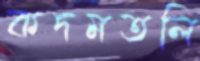
কদমতলি